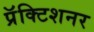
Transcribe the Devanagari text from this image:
प्रॅक्टिशनर